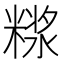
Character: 𰫊